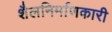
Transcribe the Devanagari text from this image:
शैलनिर्माणकारी